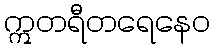
ဣတရီတရေနေဝ